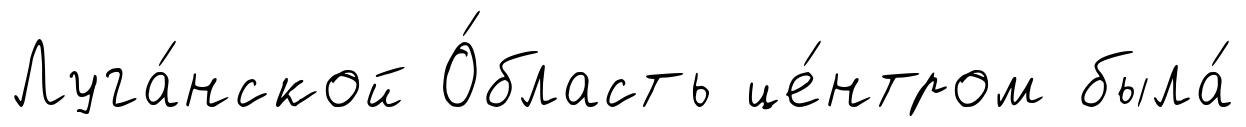
Луга́нской О́бласть це́нтром была́